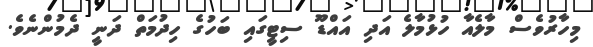
މިހާރުވެސް މާލެއާ ހުޅުމާލެ އަދި އައްޑޫ ސިޓީގައި ބަހުގެ ހިދުމަތް ދަނީ ދެމުންނެވެ.